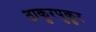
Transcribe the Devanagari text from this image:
ठाकुरपुकुर